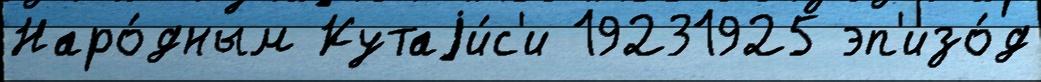
Наро́дным Кутаjи́с'и 19231925 эп'изо́д